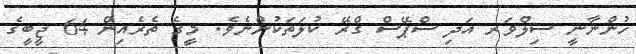
ހުންނާނީ ސިލްވަރ އަދި ސްޕޭސް ގްރޭ ކުލަތަކުންނެވެ. މީގެ ތެރެއިން 64 ޖީބީގެ